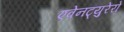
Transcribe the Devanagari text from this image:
एवेनट्युरेरो